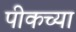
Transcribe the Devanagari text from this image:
पीकच्या